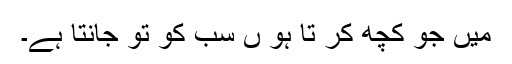
میں جو کچھ کر تا ہوُ ں سب کو تُو جانتا ہے۔